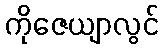
ကိုဇေယျာလွင်